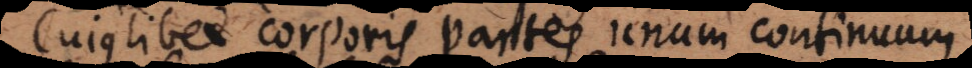
Cujuslibet corporis partes unum continuum